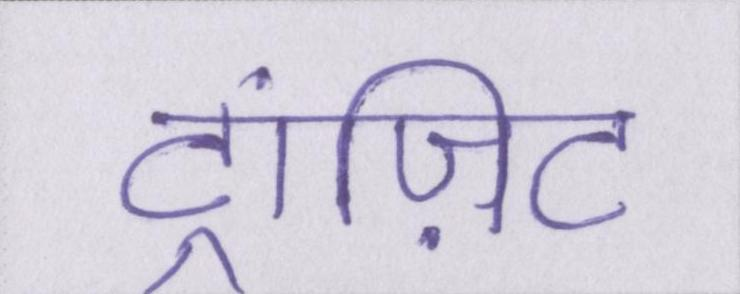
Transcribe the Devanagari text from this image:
ट्रांज़िट